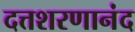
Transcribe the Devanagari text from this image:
दत्तशरणानंद